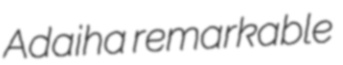
Adaiha remarkable